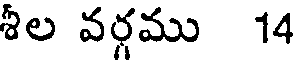
శీల వర్గము 14